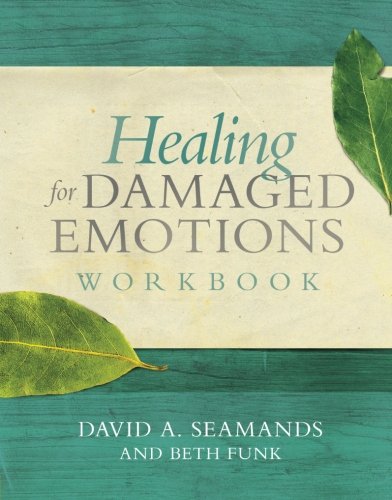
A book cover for Healing for Damaged Emotions Workbook; David A. Seamands; Self-Help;